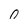
Character: O